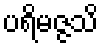
ပရိမဇ္ဇသိ